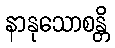
နာနုသောစန္တိ